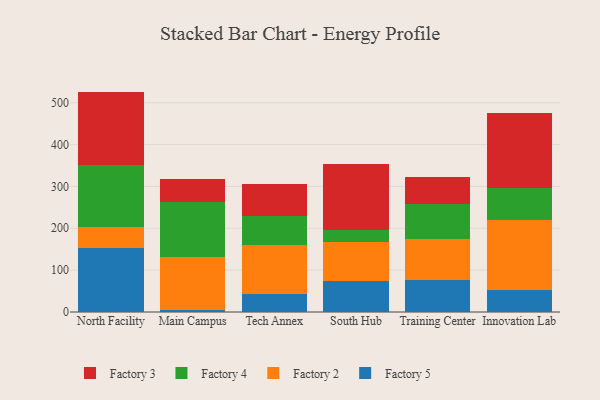
{"axis": {"x": "Campus", "y": "Active Users"}, "legend": ["Factory 2", "Factory 3", "Factory 4", "Factory 5"], "data": [{"x": "North Facility", "y": 152.2, "type": "Factory 5"}, {"x": "North Facility", "y": 50.2, "type": "Factory 2"}, {"x": "North Facility", "y": 148.2, "type": "Factory 4"}, {"x": "North Facility", "y": 176.0, "type": "Factory 3"}, {"x": "Main Campus", "y": 5.5, "type": "Factory 5"}, {"x": "Main Campus", "y": 126.1, "type": "Factory 2"}, {"x": "Main Campus", "y": 132.3, "type": "Factory 4"}, {"x": "Main Campus", "y": 52.8, "type": "Factory 3"}, {"x": "Tech Annex", "y": 43.0, "type": "Factory 5"}, {"x": "Tech Annex", "y": 117.4, "type": "Factory 2"}, {"x": "Tech Annex", "y": 69.3, "type": "Factory 4"}, {"x": "Tech Annex", "y": 75.2, "type": "Factory 3"}, {"x": "South Hub", "y": 74.0, "type": "Factory 5"}, {"x": "South Hub", "y": 94.4, "type": "Factory 2"}, {"x": "South Hub", "y": 26.5, "type": "Factory 4"}, {"x": "South Hub", "y": 159.6, "type": "Factory 3"}, {"x": "Training Center", "y": 76.4, "type": "Factory 5"}, {"x": "Training Center", "y": 98.1, "type": "Factory 2"}, {"x": "Training Center", "y": 83.8, "type": "Factory 4"}, {"x": "Training Center", "y": 64.1, "type": "Factory 3"}, {"x": "Innovation Lab", "y": 52.1, "type": "Factory 5"}, {"x": "Innovation Lab", "y": 167.7, "type": "Factory 2"}, {"x": "Innovation Lab", "y": 77.3, "type": "Factory 4"}, {"x": "Innovation Lab", "y": 179.4, "type": "Factory 3"}]}